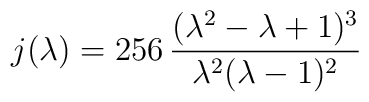
j(\lambda)=256\,\frac{(\lambda^2-\lambda+1)^3}{\lambda^2(\lambda-1)^2}